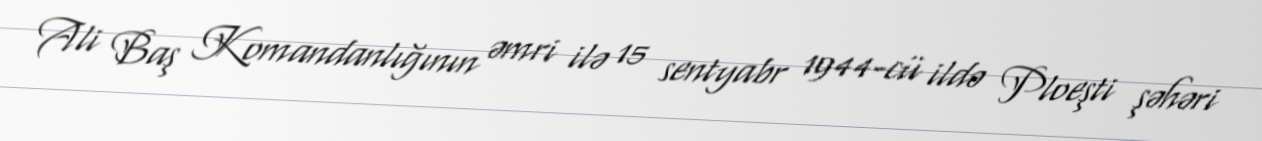
Ali Baş Komandanlığının əmri ilə 15 sentyabr 1944-cü ildə Ploeşti şəhəri